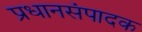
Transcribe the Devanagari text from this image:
प्रधानसंपादक